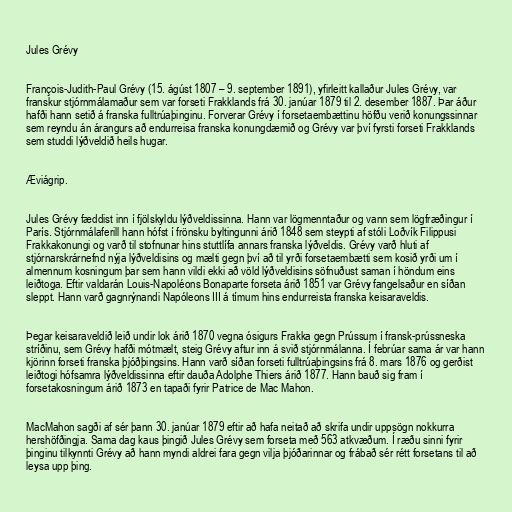
Jules Grévy

François-Judith-Paul Grévy (15. ágúst 1807 – 9. september 1891), yfirleitt kallaður Jules Grévy, var
franskur stjórnmálamaður sem var forseti Frakklands frá 30. janúar 1879 til 2. desember 1887. Þar áður
hafði hann setið á franska fulltrúaþinginu. Forverar Grévy í forsetaembættinu höfðu verið konungssinnar
sem reyndu án árangurs að endurreisa franska konungdæmið og Grévy var því fyrsti forseti Frakklands
sem studdi lýðveldið heils hugar.

Æviágrip.

Jules Grévy fæddist inn í fjölskyldu lýðveldissinna. Hann var lögmenntaður og vann sem lögfræðingur í
París. Stjórnmálaferill hann hófst í frönsku byltingunni árið 1848 sem steypti af stóli Loðvík Filippusi
Frakkakonungi og varð til stofnunar hins stuttlífa annars franska lýðveldis. Grévy varð hluti af
stjórnarskrárnefnd nýja lýðveldisins og mælti gegn því að til yrði forsetaembætti sem kosið yrði um í
almennum kosningum þar sem hann vildi ekki að völd lýðveldisins söfnuðust saman í höndum eins
leiðtoga. Eftir valdarán Louis-Napoléons Bonaparte forseta árið 1851 var Grévy fangelsaður en síðan
sleppt. Hann varð gagnrýnandi Napóleons III á tímum hins endurreista franska keisaraveldis.

Þegar keisaraveldið leið undir lok árið 1870 vegna ósigurs Frakka gegn Prússum í fransk-prússneska
stríðinu, sem Grévy hafði mótmælt, steig Grévy aftur inn á svið stjórnmálanna. Í febrúar sama ár var hann
kjörinn forseti franska þjóðþingsins. Hann varð síðan forseti fulltrúaþingsins frá 8. mars 1876 og gerðist
leiðtogi hófsamra lýðveldissinna eftir dauða Adolphe Thiers árið 1877. Hann bauð sig fram í
forsetakosningum árið 1873 en tapaði fyrir Patrice de Mac Mahon.

MacMahon sagði af sér þann 30. janúar 1879 eftir að hafa neitað að skrifa undir uppsögn nokkurra
hershöfðingja. Sama dag kaus þingið Jules Grévy sem forseta með 563 atkvæðum. Í ræðu sinni fyrir
þinginu tilkynnti Grévy að hann myndi aldrei fara gegn vilja þjóðarinnar og frábað sér rétt forsetans til að
leysa upp þing.